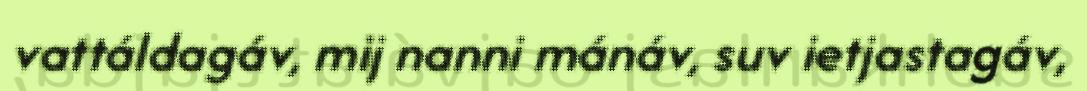
vattáldagáv, mij nanni mánáv, suv ietjastagáv,